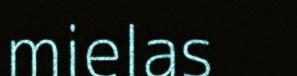
mielas